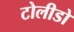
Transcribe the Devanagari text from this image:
टोलीडो